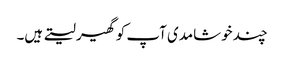
چند خوشامدی آپ کو گھیر لیتے ہیں۔